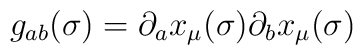
g_{ab}(\sigma)=\partial_a x_\mu(\sigma) \partial_b x_\mu(\sigma)